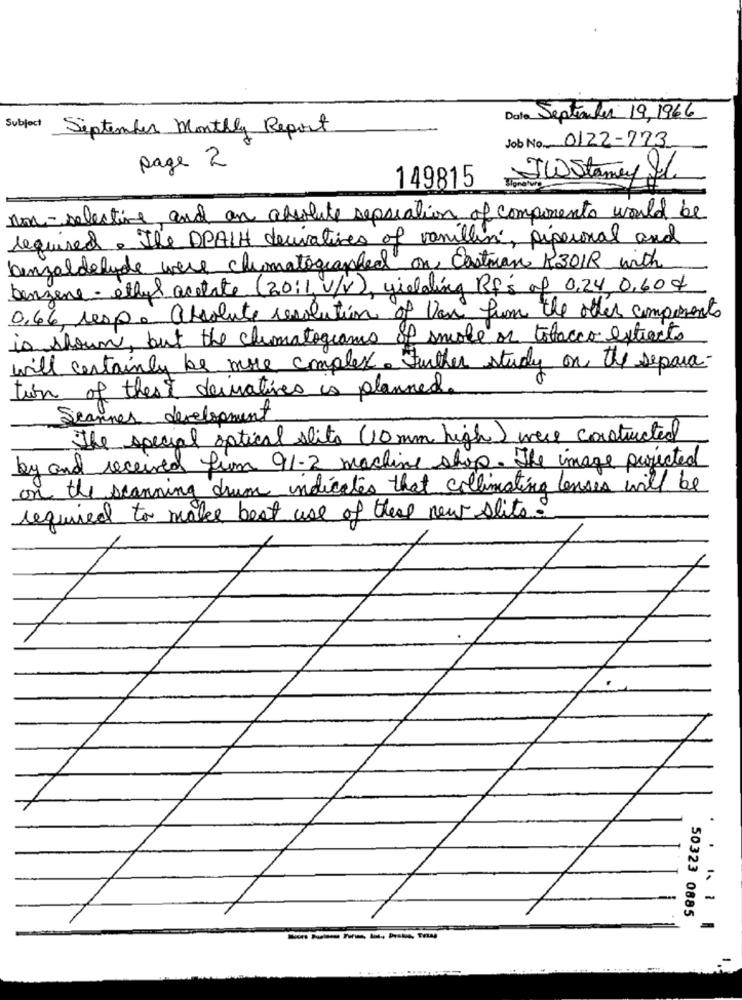
Date September 19, 1966
Subject
September Monthly Report
Job No 0122-773
page 2
JWStaney Lle
149815
non-selective and an absolute separation of components would be
required. The DRAIN decivatives of vanillin, piperoral and
benzaldehyde were chymatographed on, Eastman K3018 with
benzene- ethyl acetate (20:1, v/V), yielding Rfs of 0,24 0,60 4
0.66, resp. absolute resolution of Van from the other components
is shown, but the chumatograms of smoke or tobacco extracts
will certainly be more complex. Further study on the separa-
to
turn of thest deivatives is planned.
Scanner development
The special optical slits (10 mm high) were constructed
by and received fim 91-2 machine shop. The image projected
on the scanning drum indicates that collimating lenses will be
required to make best use of the new slits.
.
50323 0885
------
-